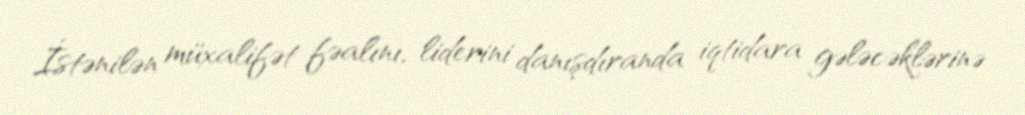
İstənilən müxalifət fəalını, liderini danışdıranda iqtidara gələcəklərinə